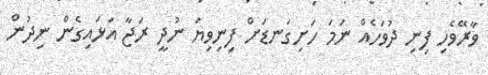
ވާރޭވެހި ފިނި ދުވަހެއް ނަމަ ހަށިގަނޑަށް ފިނިވިޔަ ނުދީ ރަޖާ އަޅައިގެން ނިދުން